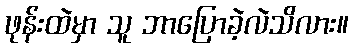
ဖုန်းထဲမှာ သူ ဘာပြောခဲ့လဲသိလား။